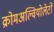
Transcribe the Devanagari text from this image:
क्रोमअल्वियोलेटों